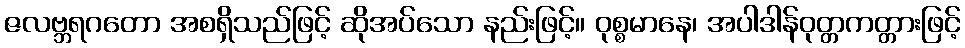
ဇလဗ္ဘရဂတော အစရှိသည်ဖြင့် ဆိုအပ်သော နည်းဖြင့်။ ဝုစ္စမာနေ၊ အပါဒါန်ဝုတ္တကတ္တားဖြင့်